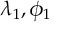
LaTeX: \lambda _ { 1 } , \phi _ { 1 }